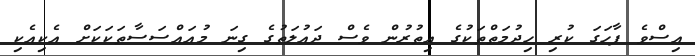
އިސްވެ ފާހަގަ ކުރި ހިދުމަތްތަކުގެ އިތުރުން ވެސް ދައުލަތުގެ ގިނަ މުއައްސަސާތަކަކަށް އެކިއެކި